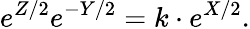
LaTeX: \displaystyle{e^{Z/2}e^{-Y/2}=k\cdot e^{X/2}.}